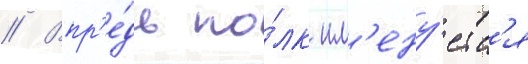
// Впр'е́дь по́лк им'ену́етс'я